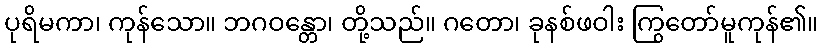
ပုရိမကာ၊ ကုန်သော။ ဘဂဝန္တော၊ တို့သည်။ ဂတော၊ ခုနစ်ဖဝါး ကြွတော်မူကုန်၏။